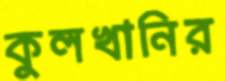
কুলখানির